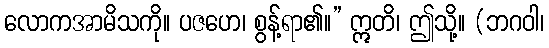
လောကအာမိသကို။ ပဇဟေ၊ စွန့်ရာ၏။” ဣတိ၊ ဤသို့။ (ဘဂဝါ၊